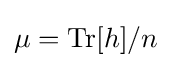
\mu =\mathrm {Tr} [h]/n